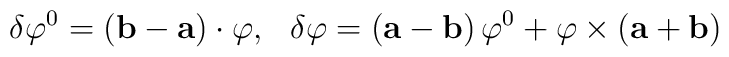
\delta \varphi ^0=\left( {\bf b-a}\right) \cdot {\mathbf \varphi,\;\;\;}\delta{\mathbf \varphi }=\left( {\bf a-b}\right) \varphi ^0+{\mathbf \varphi}\times\left( {\bf a+b}\right)   \nonumber